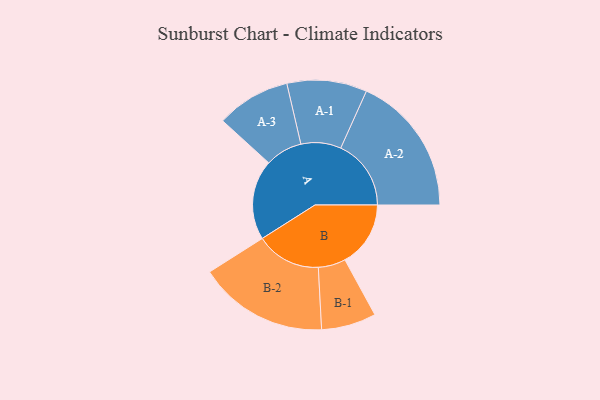
{"axis": {"x": "Segment", "y": "Value"}, "legend": ["", "A", "B"], "data": [{"x": "A", "y": 324, "type": ""}, {"x": "B", "y": 266, "type": ""}, {"x": "A-1", "y": 162, "type": "A"}, {"x": "A-2", "y": 285, "type": "A"}, {"x": "A-3", "y": 150, "type": "A"}, {"x": "B-1", "y": 111, "type": "B"}, {"x": "B-2", "y": 263, "type": "B"}]}